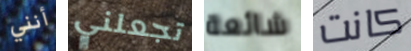
أنني تجعلني شائعة كانت